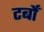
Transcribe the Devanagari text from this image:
टर्बों